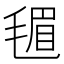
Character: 𪵟